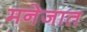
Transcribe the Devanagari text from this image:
मनेजात